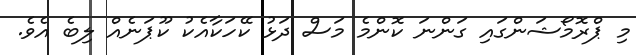
މި ޕްރޮމޯޝަންގައި ގަންނަ ކޮންމެ މަސް ދަޅު ކޭހަކާއެކު ކޫޕަނެއް ލިބެ އެވެ.